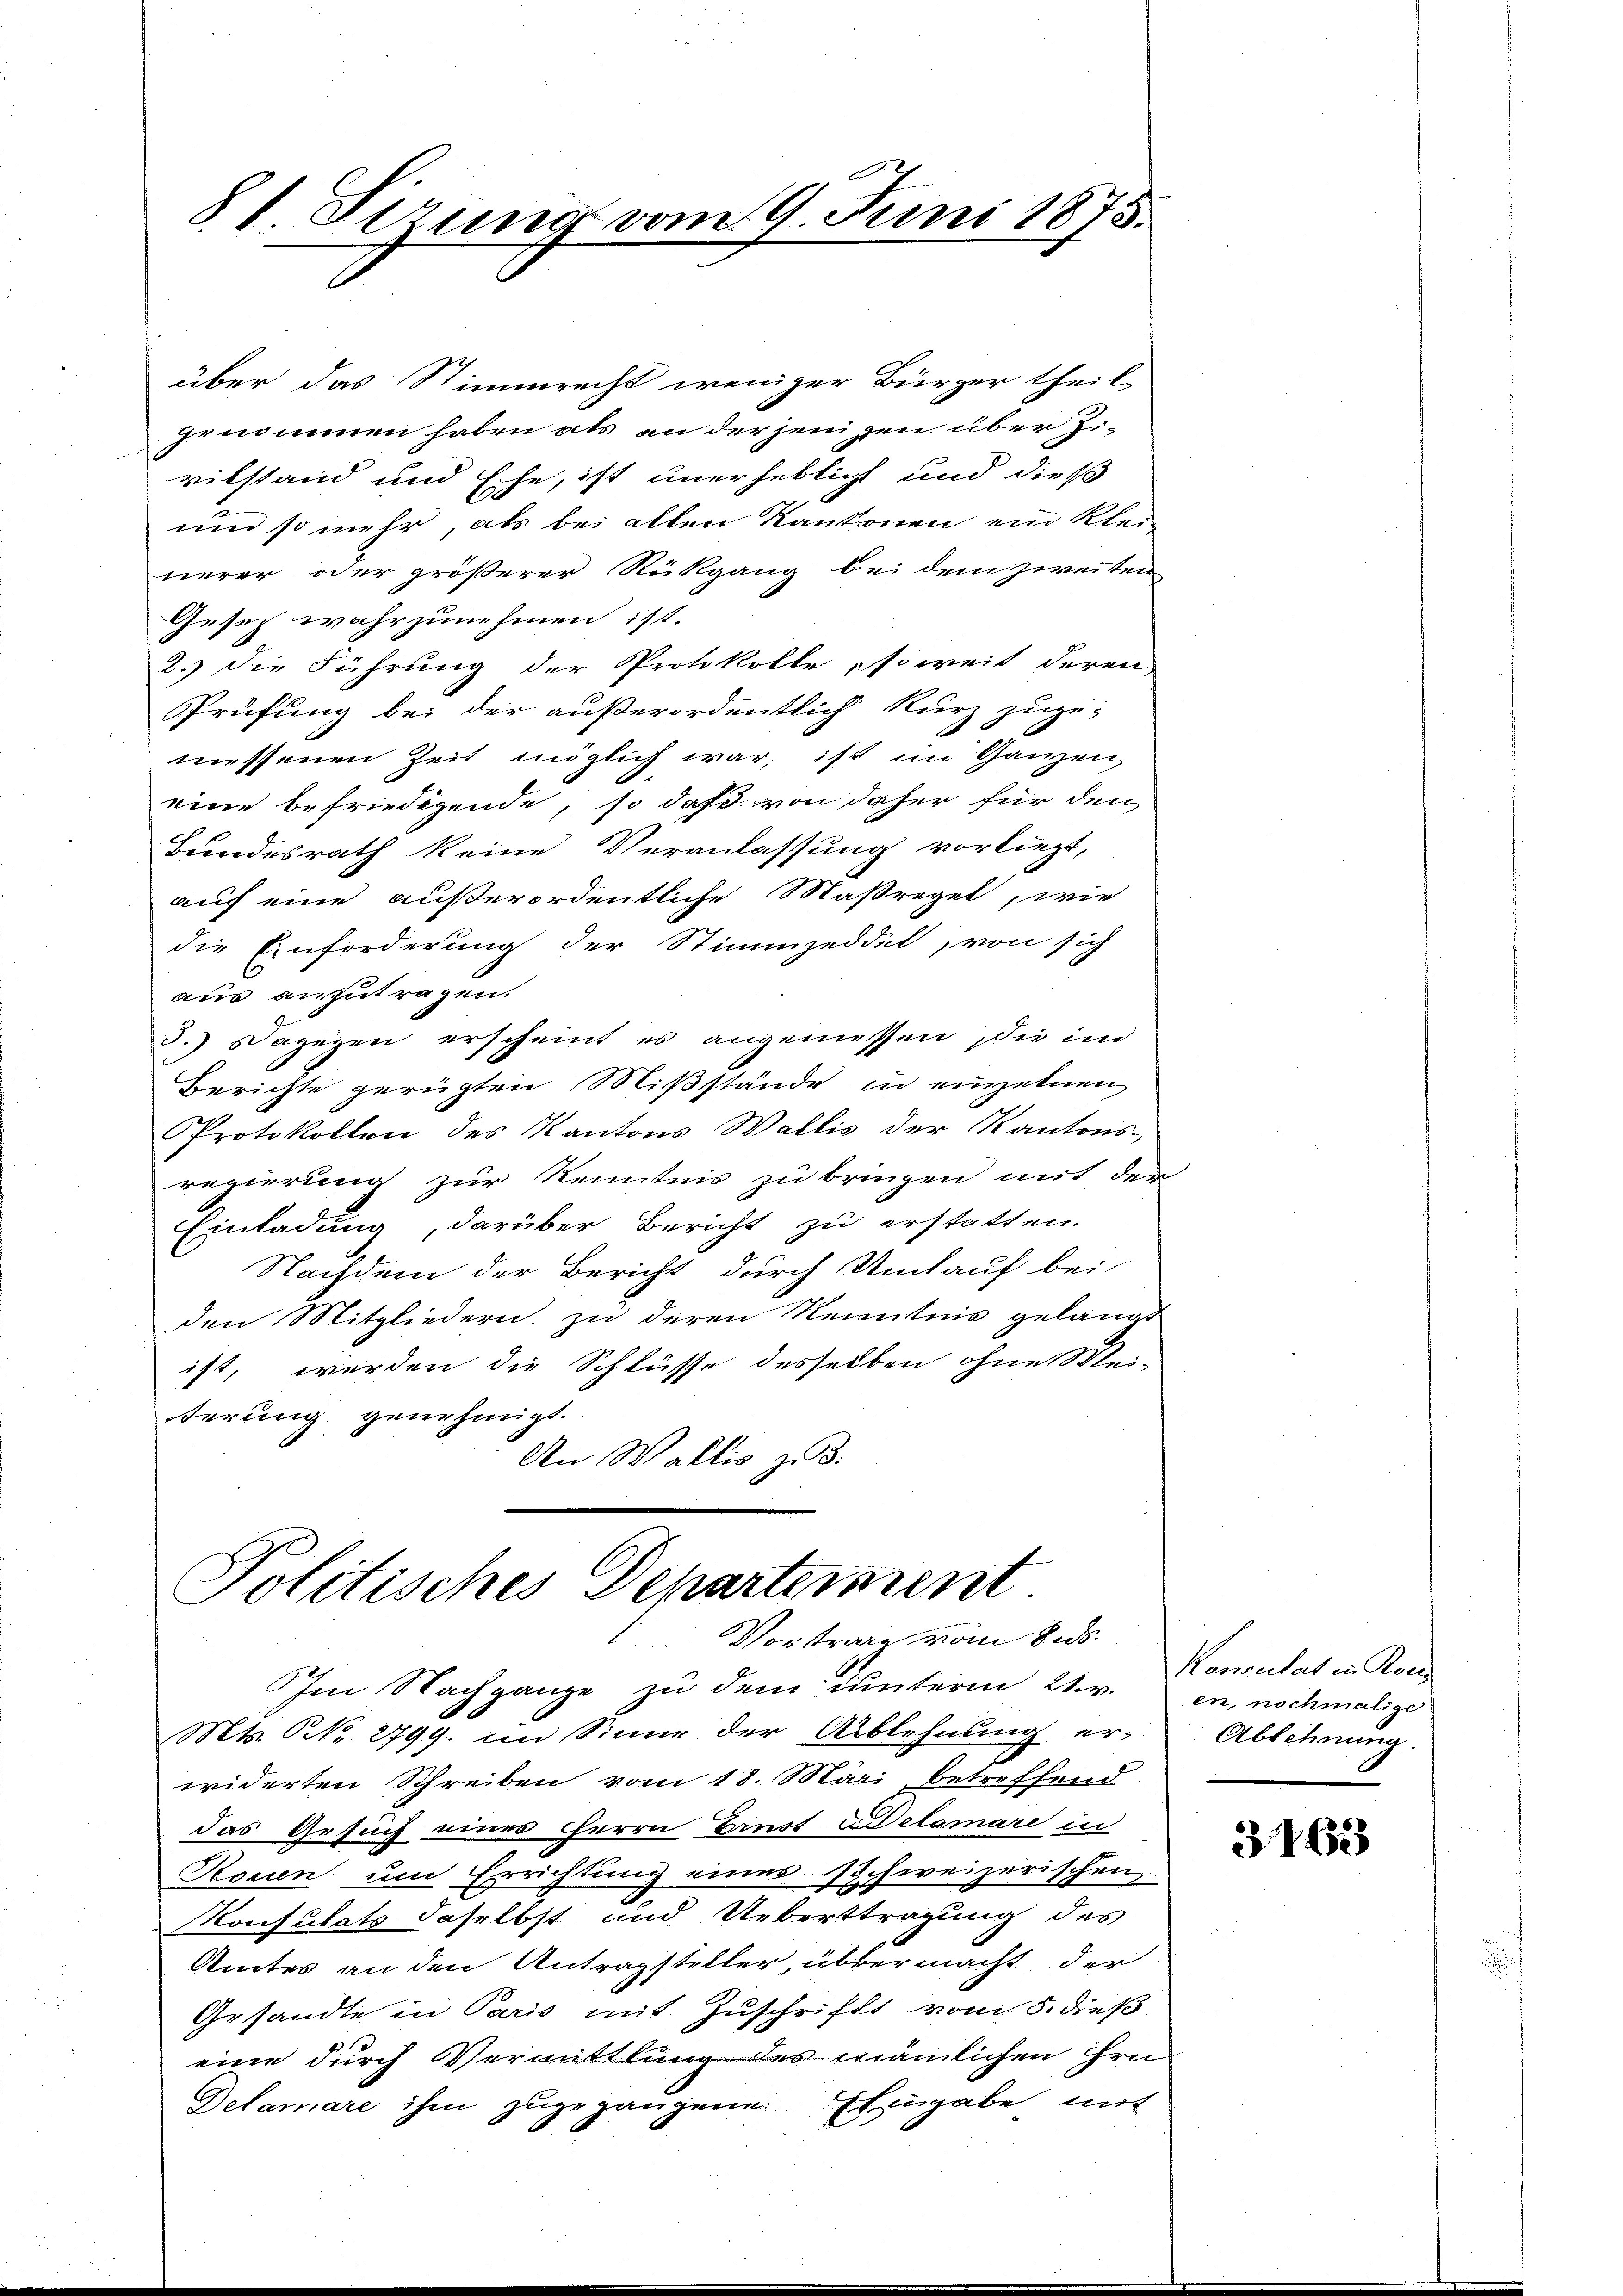
81 Firung vom 9. Juni 1875.

über das Stimmrecht weniger Bürger theil-
genommen haben als an der jenigen über J.
vilstand und Ehe, ist unerheblicht und dieß
und so mehr, als bei allen Kantonen ein Klei-
nerer oder größerer Rückgang bei dem zweiten
Gesetz wahrzunehmen ist.
2.) Die Führung der Protokolle, soweit deren
SPrüfung bei der außerordentlich kurz zuge-
müssenen Zeit möglich war, ist im Ganzen,
eine befriedigende, so daß von daher für den
Bundesrath keine Veranlassung vorliegt,
auf eine außerordentliche Maßregel, wie
die Einforderung der Stimmzeddel, von sich
aus anzutragen.
3.) Dagegen erscheint es angemessen, die im
Berichte gerügten Mißstände in einzelnen
Protokollen des Kantons Wallis der Kantons-
regierung zur Kenntnis zu bringen mit der
Einladung, darüber Bericht zu erstatten.
Nachdem der Bericht durch Umtauf bei
den Mitgliedern zu deren Kenntnis gelangt
ist, werden die Schlüsse desselben ohne ei-
terung genehmigt.
An Wallis zu 3.

Politisches Departement
Vortrage vom 8. ds.

Im Nachgange zu dem unterm 21. v. in, nochmalige
Mts. S. 2799. im Sinne der Ablehnung er-
widerten Schreiben vom 18. Märi betreffend
das Gesuch einer Herrn Ernst in Delamare in
Stossen um Errichtung eines schweizerischen,
Konsulats daselbst und Ueberttragung des
Amtes an den Antragsteller übermacht der
Gesandte in Paris mit Zuschrift vom 5. dieß.
eine durch Vermittlung des nämlichen Hrn
Delamare ihm zugegangene. Eingabe mit

Konsulat in Rors
Ablehnung.

3162